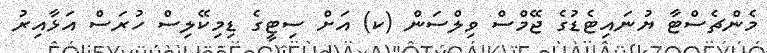
މެންޗެސްޓާ ޔުނައިޓެޑުގެ ޖޭމްސް ވިލްސަން (ކ) އަށް ސިޓީގެ ޑިމިކޭލިސް ހުރަސް އަޅާއިރު